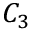
{ C } _ { 3 }